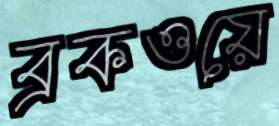
ব্রকওয়ে